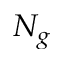
N _ { g }